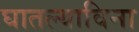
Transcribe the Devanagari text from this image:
घातल्याविना